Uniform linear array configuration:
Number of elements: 12
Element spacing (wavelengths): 0.5
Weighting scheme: binomial
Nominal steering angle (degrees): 30
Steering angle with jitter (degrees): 29.509
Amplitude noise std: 0.05
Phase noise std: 0.05

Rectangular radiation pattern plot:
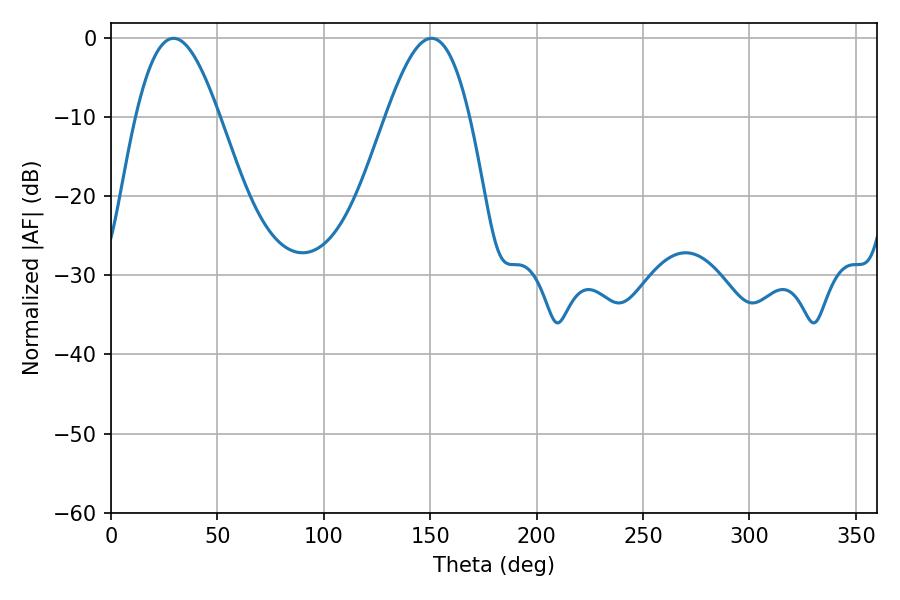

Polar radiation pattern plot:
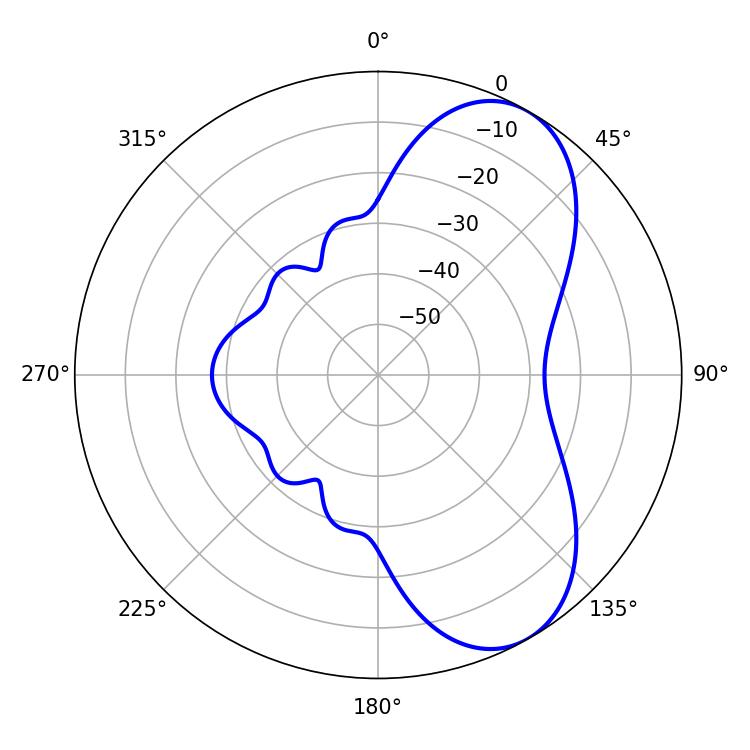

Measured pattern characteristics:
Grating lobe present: FALSE
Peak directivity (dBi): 6.906
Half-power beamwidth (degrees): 21.06
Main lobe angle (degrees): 29.34